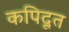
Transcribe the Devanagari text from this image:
कपिदूत